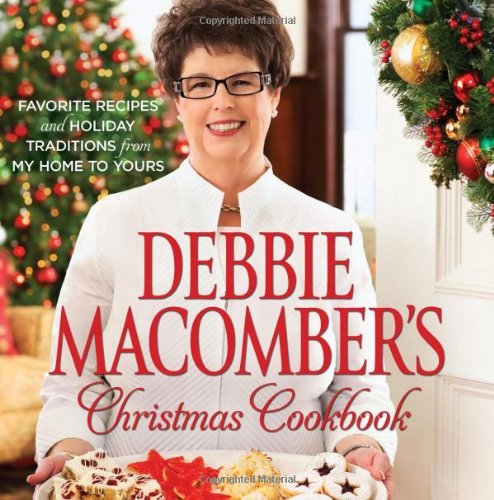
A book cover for Debbie Macomber's Christmas Cookbook: Favorite Recipes and Holiday Traditions from My Home to Yours; Debbie Macomber; Cookbooks, Food & Wine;